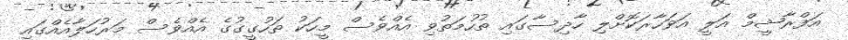
އަފްރާޝީމް އަލީ އަވަހާރަކޮށްލި ހާދިސާގައި ތުހުމަތުވި އެއްވެސް މީހަކު ތަހުގީގުގެ އެއްވެސް މަރުހަލާއެއްގައި